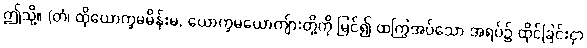
ဤသို့။ (တံ၊ ထိုယောက္ခမမိန်းမ, ယောက္ခမယောကျ်ားတို့ကို မြင်၍ ထကြွအပ်သော အရပ်၌ ထိုင်ခြင်းငှာ